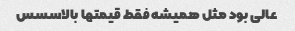
عالی بود مثل همیشه فقط قیمتها بالاسسس